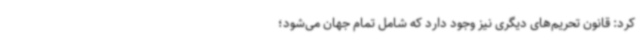
کرد: قانون تحریم‌های دیگری نیز وجود دارد که شامل تمام جهان می‌شود؛